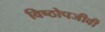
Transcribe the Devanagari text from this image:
विष्ठोपजीवी